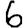
Digit: 6